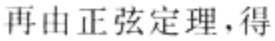
再由正弦定理，得